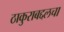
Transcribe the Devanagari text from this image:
ठाकुराबद्दलचा